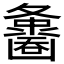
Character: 𪤵